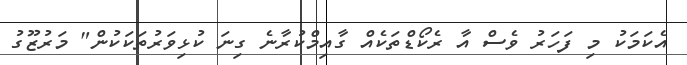
އެކަމަކު މި ފަހަރު ވެސް އާ ރެކޯޑްތަކެއް ގާއިމްކުރާނެ ގިނަ ކުޅިވަރުތަކަކުން" މަރުޒޫގު